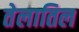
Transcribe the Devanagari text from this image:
तेलातिल